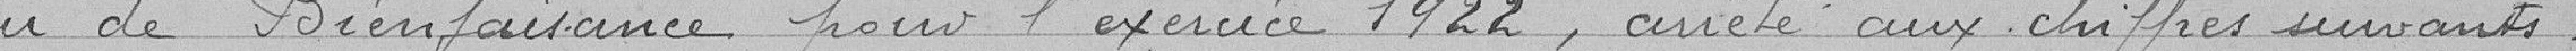
de Bienfaisance pour l'exercice 1922, arrête aux chiffres suivants :